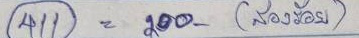
411 = 200 (สองร้อย)